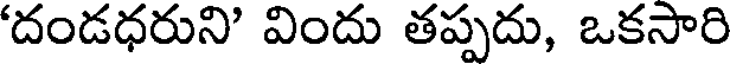
దండధరుని' విందు తప్పదు, ఒకసారి